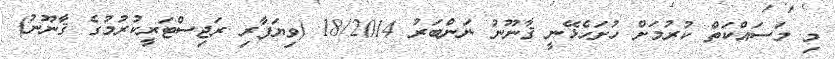
މި މަސައްކަތް ކުރުމަށް ހުށަހެޅޭނީ ޤާނޫނު ނަންބަރު 18/2014 (ވިޔަފާރި ރަޖިސްޓަރީކުރުމުގެ ޤާނޫނު)